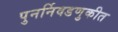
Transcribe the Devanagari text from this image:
पुनर्निवडणुकीत